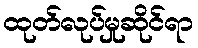
ထုတ်လုပ်မှုဆိုင်ရာ